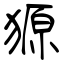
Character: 獂